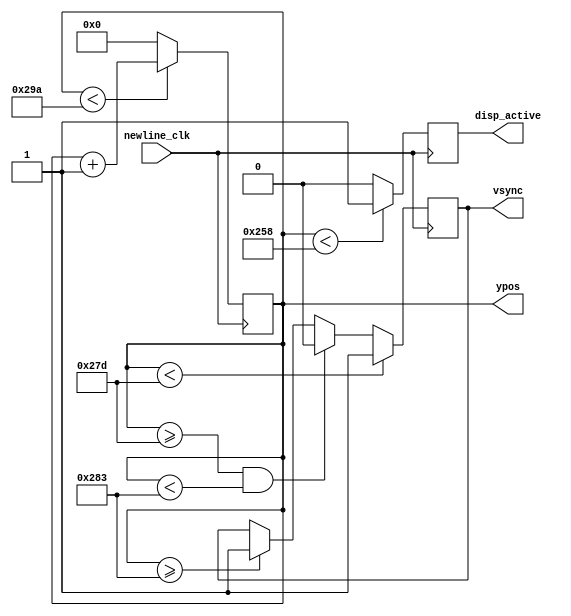
module vsync#(parameter b=600, //activ
								y=637,          //activ+front
								y_back=643,     //total-back
								y_total=666)     //total
			(input newline_clk, 
			output [10:0] ypos, 
			output reg vsync, 
			output reg disp_active
			);
   
   reg [10:0] count = 11'b00000000000;
   /*reg vsync  = 0;
   reg disp_active  = 0;*/

   always @(posedge newline_clk)
	 if (count < y_total)
	   count <= count + 1;
	 else
	   count <= 0;
   
   always @(posedge newline_clk)
	 if (count < b)
	   disp_active 		<= 1;     //active on 1
	 else
	   disp_active 		<= 0;
      
   always @(posedge newline_clk)
	 begin
		if (count < y)
		  vsync 	<= 1;
		 else if (count >= y && count < y_back)      //active on 0
		  vsync 	<= 0;
		else if (count >= y_back)
		  vsync 	<= 1;
	 end

   assign ypos = count;
   
endmodule